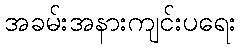
အခမ်းအနားကျင်းပရေး